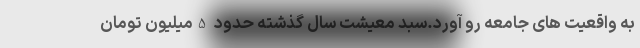
به واقعیت های جامعه رو آورد.سبد معیشت سال گذشته حدود 5میلیون تومان